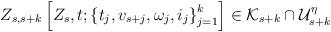
LaTeX: \begin{align*}Z_{s,s+k} \left[ Z_s,t;\left\{t_j,v_{s+j},\omega_j,i_j\right\}_{j=1}^k\right]\in \mathcal{K}_{s+k} \cap \mathcal{U}_{s+k}^\eta\end{align*}